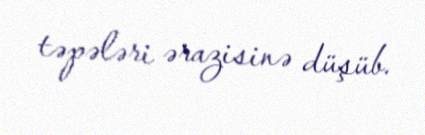
təpələri ərazisinə düşüb.